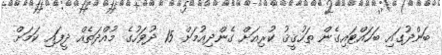
ބަންދުގައި ބަހައްޓައިގެން ތަހުޤީޤު ކުރިއަށް ގެންދިއުމަށް 15 ދުވަހުގެ މުއްދަތެއް ދީފައި ކަމަށް